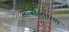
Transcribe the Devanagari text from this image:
जॉर्जीलापण